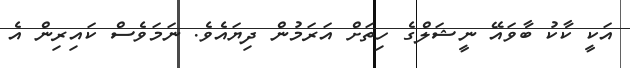
އަކީ ކާކު ބާވައޭ ނީޝަލްގެ ހިތަށް އަރަމުން ދިޔައެވެ. ނަމަވެސް ކައިރިން އެ